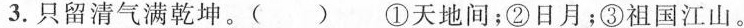
3.只留清气满\underset{·}{乾}\underset{·}{坤}。( ) ①天地间；②日月；③祖国江山。